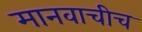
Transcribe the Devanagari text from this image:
मानवाचीच